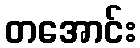
တအောင်း